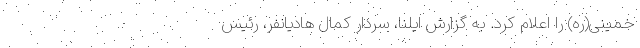
خمینی(ره) را اعلام کرد. به گزارش ایلنا، سردار کمال هادیانفر، رئیس